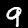
Digit: 9